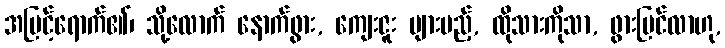
အမြင့်ရောက်၏၊ သို့လောက် နောက်ဖွား, ကျေးဇူး များမည့်, ထိုသားကိုသာ, ဖွားမြင်လာဟု,